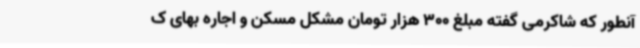
آنطور که شاکرمی گفته مبلغ 300 هزار تومان مشکل مسکن و اجاره بهای ک